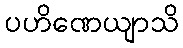
ပဟိဏေယျာသိ